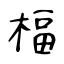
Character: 楅